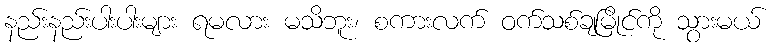
နည်းနည်းပါးပါးများ ရမလား မသိဘူး၊ စကားလက် ဝက်သစ်ချမြိုင်ကို သွားမယ်